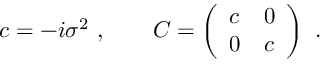
c = - i \sigma ^ { 2 } \ , \qquad C = \left( \begin{array} { l l } { { c } } & { { 0 } } \\ { { 0 } } & { { c } } \end{array} \right) \ .